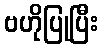
ဗဟိုပြုပြီး